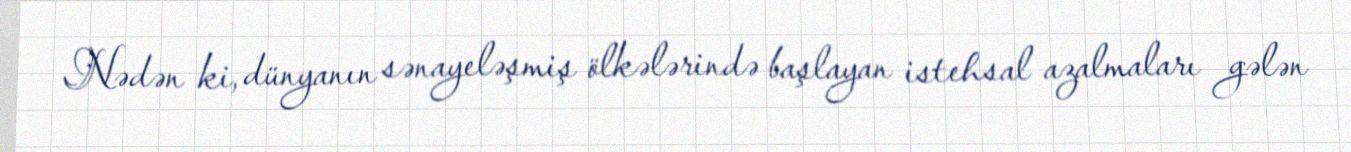
Nədən ki, dünyanın sənayeləşmiş ölkələrində başlayan istehsal azalmaları gələn